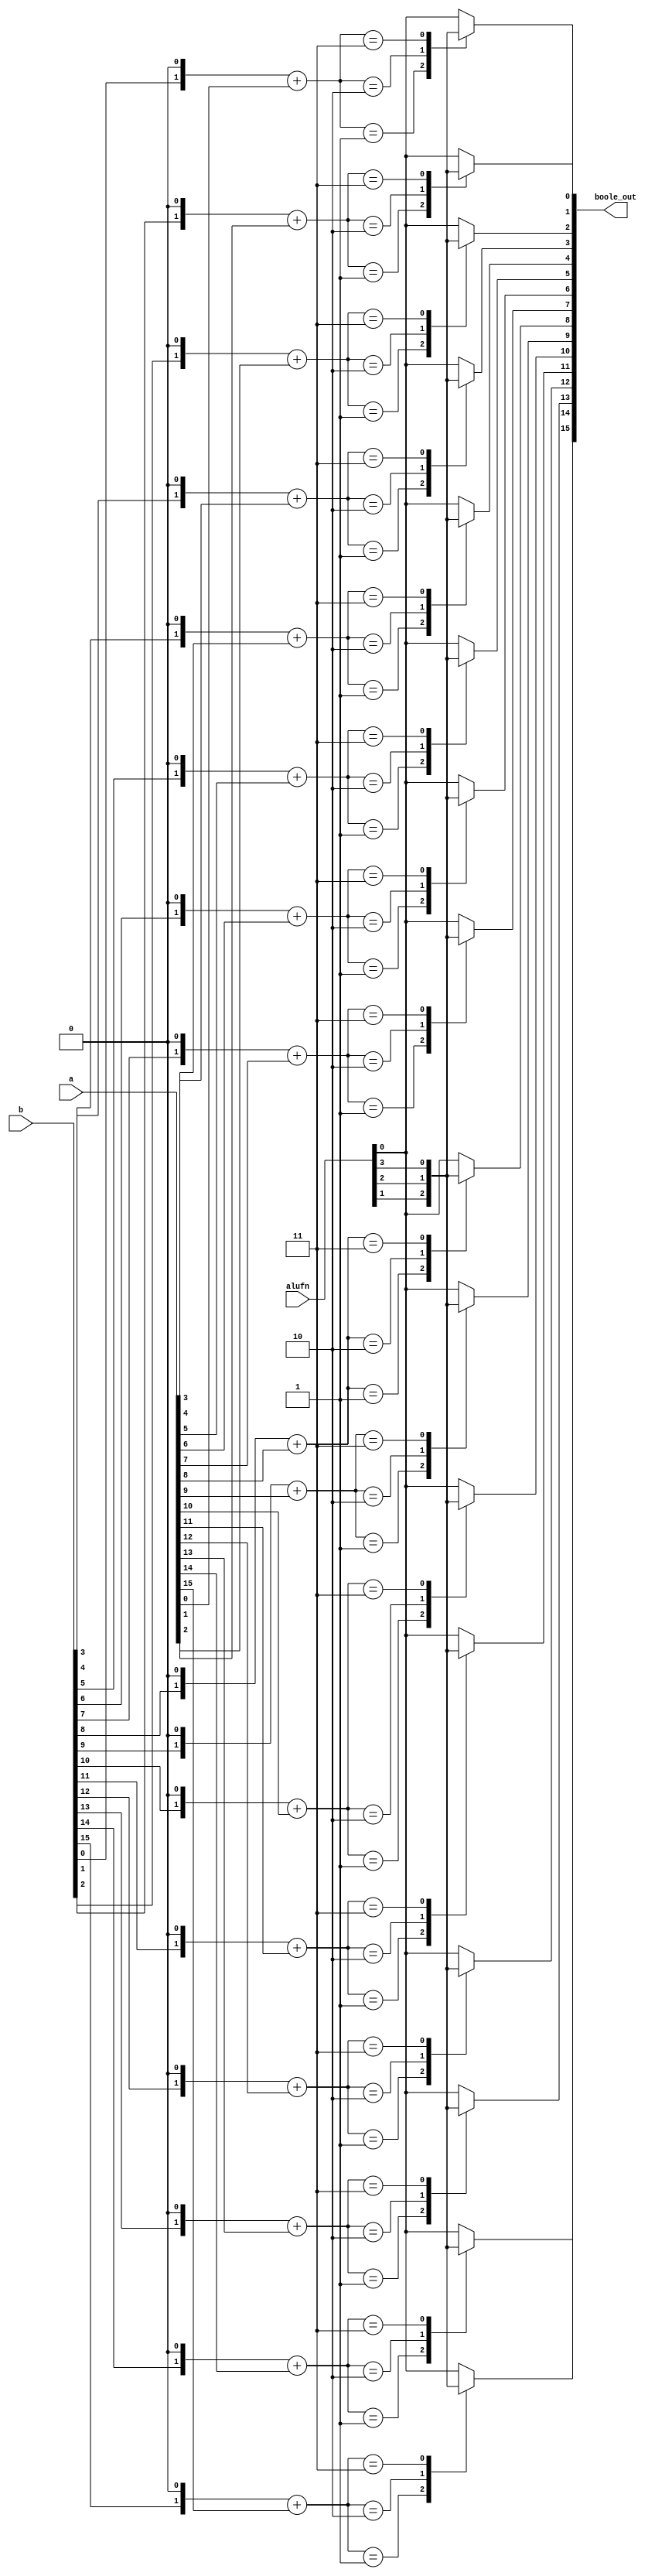
module boole_11 (
    input [3:0] alufn,
    input [15:0] a,
    input [15:0] b,
    output reg [15:0] boole_out
  );
  
  
  
  integer i;
  
  integer ab;
  
  always @* begin
    for (i = 1'h0; i < 5'h10; i = i + 1) begin
      ab = (b[(i)*1+0-:1] << 1'h1) + a[(i)*1+0-:1];
      
      case (ab)
        2'h0: begin
          boole_out[(i)*1+0-:1] = alufn[0+0-:1];
        end
        2'h1: begin
          boole_out[(i)*1+0-:1] = alufn[1+0-:1];
        end
        2'h2: begin
          boole_out[(i)*1+0-:1] = alufn[2+0-:1];
        end
        2'h3: begin
          boole_out[(i)*1+0-:1] = alufn[3+0-:1];
        end
        default: begin
          boole_out[(i)*1+0-:1] = alufn[0+0-:1];
        end
      endcase
    end
  end
endmodule